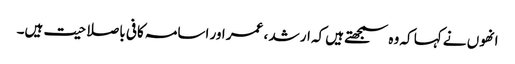
انھوں نے کہا کہ وہ سمجھتے ہیں کہ ارشد ، عمر اور اسامہ کافی باصلاحیت ہیں۔